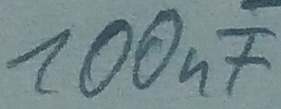
Text: 100nF